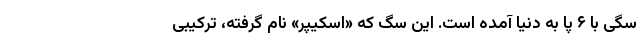
سگی با ۶ پا به دنیا آمده است. این سگ که «اسکیپر» نام گرفته، ترکیبی